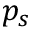
p _ { s }